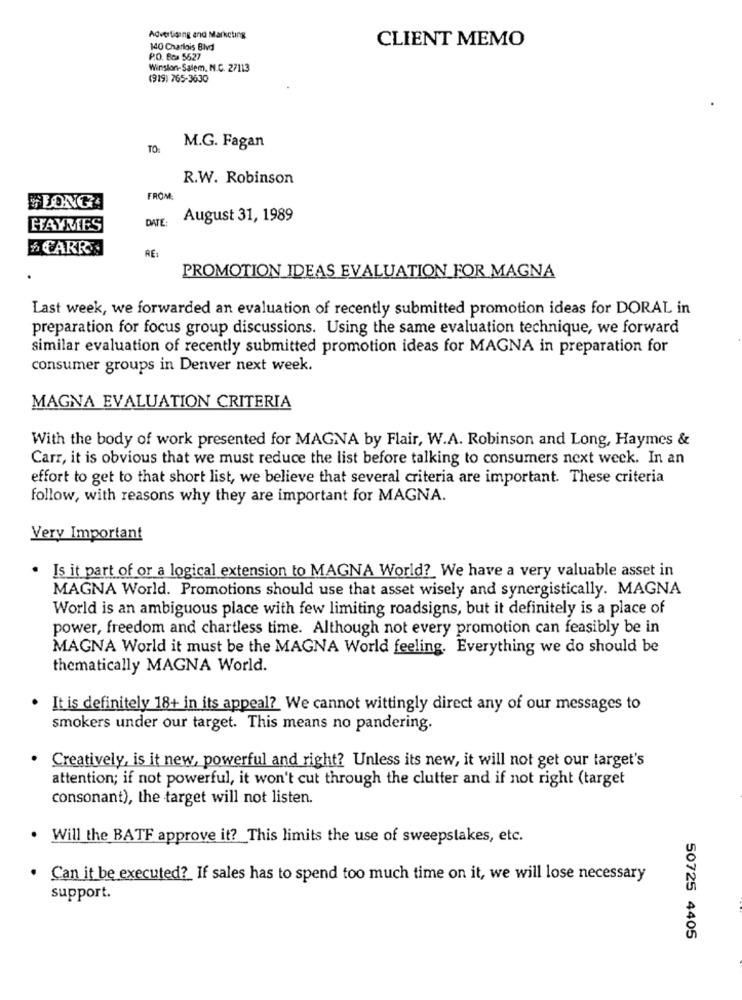
Advertising and Marketing
CLIENT MEMO
140 Charlois Blvd
P.O. Box 5627
Winston-Salem, N.C. 27113
(919) 765-3630
TO:
M.G. Fagan
R.W. Robinson
FROM:
ELONGA
DATE:
August 31, 1989
HAYMES
& CARR
RE:
PROMOTION IDEAS EVALUATION FOR MAGNA
Last week, we forwarded an evaluation of recently submitted promotion ideas for DORAL in
preparation for focus group discussions. Using the same evaluation technique, we forward
similar evaluation of recently submitted promotion ideas for MAGNA in preparation for
consumer groups in Denver next week.
MAGNA EVALUATION CRITERIA
With the body of work presented for MAGNA by Flair, W.A. Robinson and Long, Haymes &
Carr, it is obvious that we must reduce the list before talking to consumers next week. In an
effort to get to that short list, we believe that several criteria are important. These criteria
follow, with reasons why they are important for MAGNA.
Very Important
Is it part of or a logical extension to MAGNA World? We have a very valuable asset in
MAGNA World. Promotions should use that asset wisely and synergistically. MAGNA
World is an ambiguous place with few limiting roadsigns, but it definitely is a place of
power, freedom and chartless time. Although not every promotion can feasibly be in
MAGNA World it must be the MAGNA World feeling. Everything we do should be
thematically MAGNA World.
. It is definitely 18+ in its appeal? We cannot wittingly direct any of our messages to
smokers under our target. This means no pandering.
Creatively, is it new, powerful and right? Unless its new, it will not get our target's
attention; if not powerful, it won't cut through the clutter and if not right (target
consonant), the target will not listen.
Will the BATF approve it ?_ This limits the use of sweepstakes, etc.
Can it be executed? If sales has to spend too much time on it, we will lose necessary
support.
50725 4405